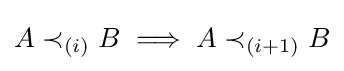
A\prec _{(i)}B\implies A\prec _{(i+1)}B